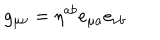
LaTeX: g _ { \mu \nu } = \eta ^ { a b } e _ { \mu a } e _ { \nu b }